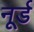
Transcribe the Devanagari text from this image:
नूर्ड